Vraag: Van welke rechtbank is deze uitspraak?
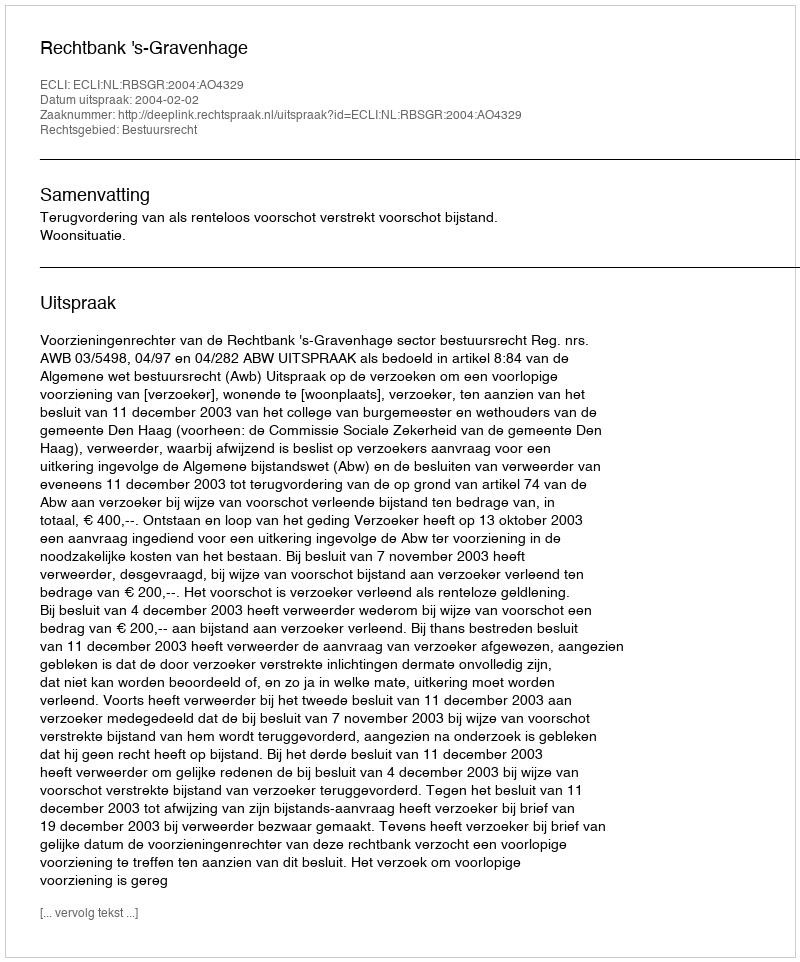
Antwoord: Rechtbank 's-Gravenhage